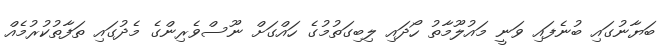
ބަޔާނުގައި ބުނެފައި ވަނީ މައުލޫމާތު ހޯދައި ލިބިގަތުމުގެ ހައްގަށް ނޫސްވެރިންގެ މެދުގައި ތަފާތުކުރުމެއް